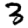
Digit: 3